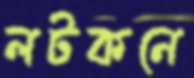
লটকনে